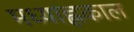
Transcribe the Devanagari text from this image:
मध्याह्लकाल